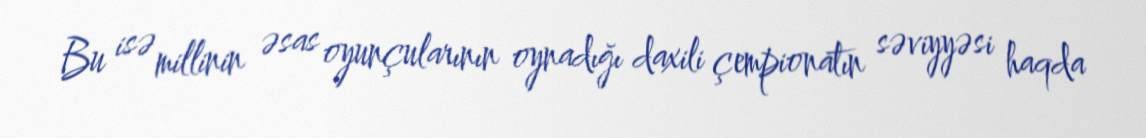
Bu isə millinin əsas oyunçularının oynadığı daxili çempionatın səviyyəsi haqda